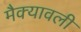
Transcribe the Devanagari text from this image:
मैक्यावली